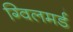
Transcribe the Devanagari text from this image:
ग्विलमर्ड